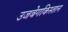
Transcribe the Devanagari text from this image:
उजबेगकिस्तान